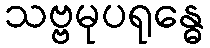
သဗ္ဗမုပရုန္ဓေ